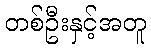
တစ်ဦးနှင့်အတူ